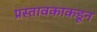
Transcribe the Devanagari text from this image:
प्रस्तावकाकडून